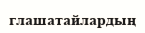
глашатайлардың